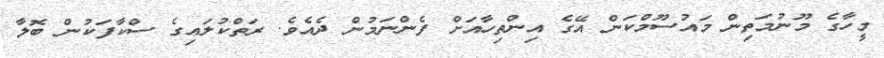
މީހާގެ މޫނުމަތިން މައުސޫމްކަން އޭގެ އިންތިހާއަށް ފެންނަމުން ދެއެވެ. ރަތްކުލައިގެ ސްކާފަކުން ބޮލާ